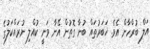
އަލް ބުރްހާން އެވެ. ޚަބަރުތައް ބުނާ ގޮތުން އޭނާ ވަނީ ކުއްލި ނުރައްކަލުގެ